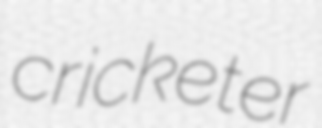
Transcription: cricketer